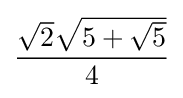
{\frac {{\sqrt {2}}{\sqrt {5+{\sqrt {5}}}}}{4}}